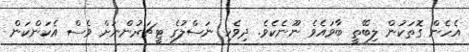
އެހެން ގޮތަކުން ލިބޭތީ ބާވައެވެ ނޫނެކެވެ. ދިވެހި ނަސްލުގެ ޓީޗަރުންނަށް ވެސް އެކަންކަން